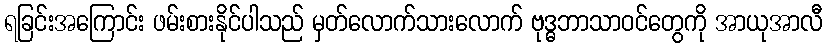
ရခြင်းအကြောင်း ဖမ်းစားနိုင်ပါသည် မှတ်လောက်သားလောက် ဗုဒ္ဓဘာသာဝင်တွေကို အာယုအာလီ